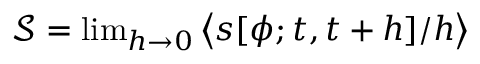
\begin{array} { r } { { { \mathcal { S } } } = \operatorname* { l i m } _ { h \to 0 } \left\langle { s } [ { \phi } ; t , t + h ] / { h } \right\rangle } \end{array}